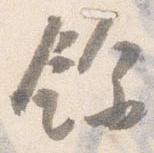
余